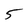
Character: 5